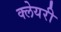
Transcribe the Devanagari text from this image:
क्लेयरी